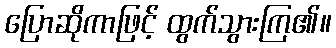
ပြောဆိုကာဖြင့် ထွက်သွားကြ၏။